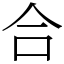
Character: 合